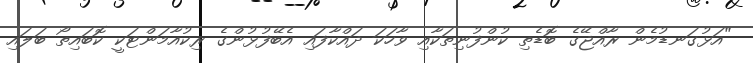
"އަޅުގަނޑުމެން ރާއްޖޭގެ ބޮޑެތި ކުންފުނިތަކާއި ވާހަކަ ދައްކާފައި އެބޭފުޅުންގެ ރިކުއާމަންޓަކީ ކޮބައިތޯ ބަލައި